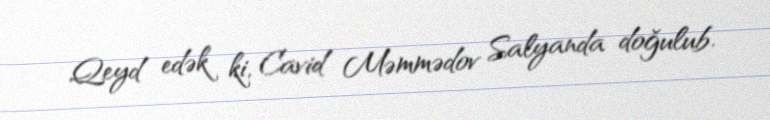
Qeyd edək ki, Cavid Məmmədov Salyanda doğulub.